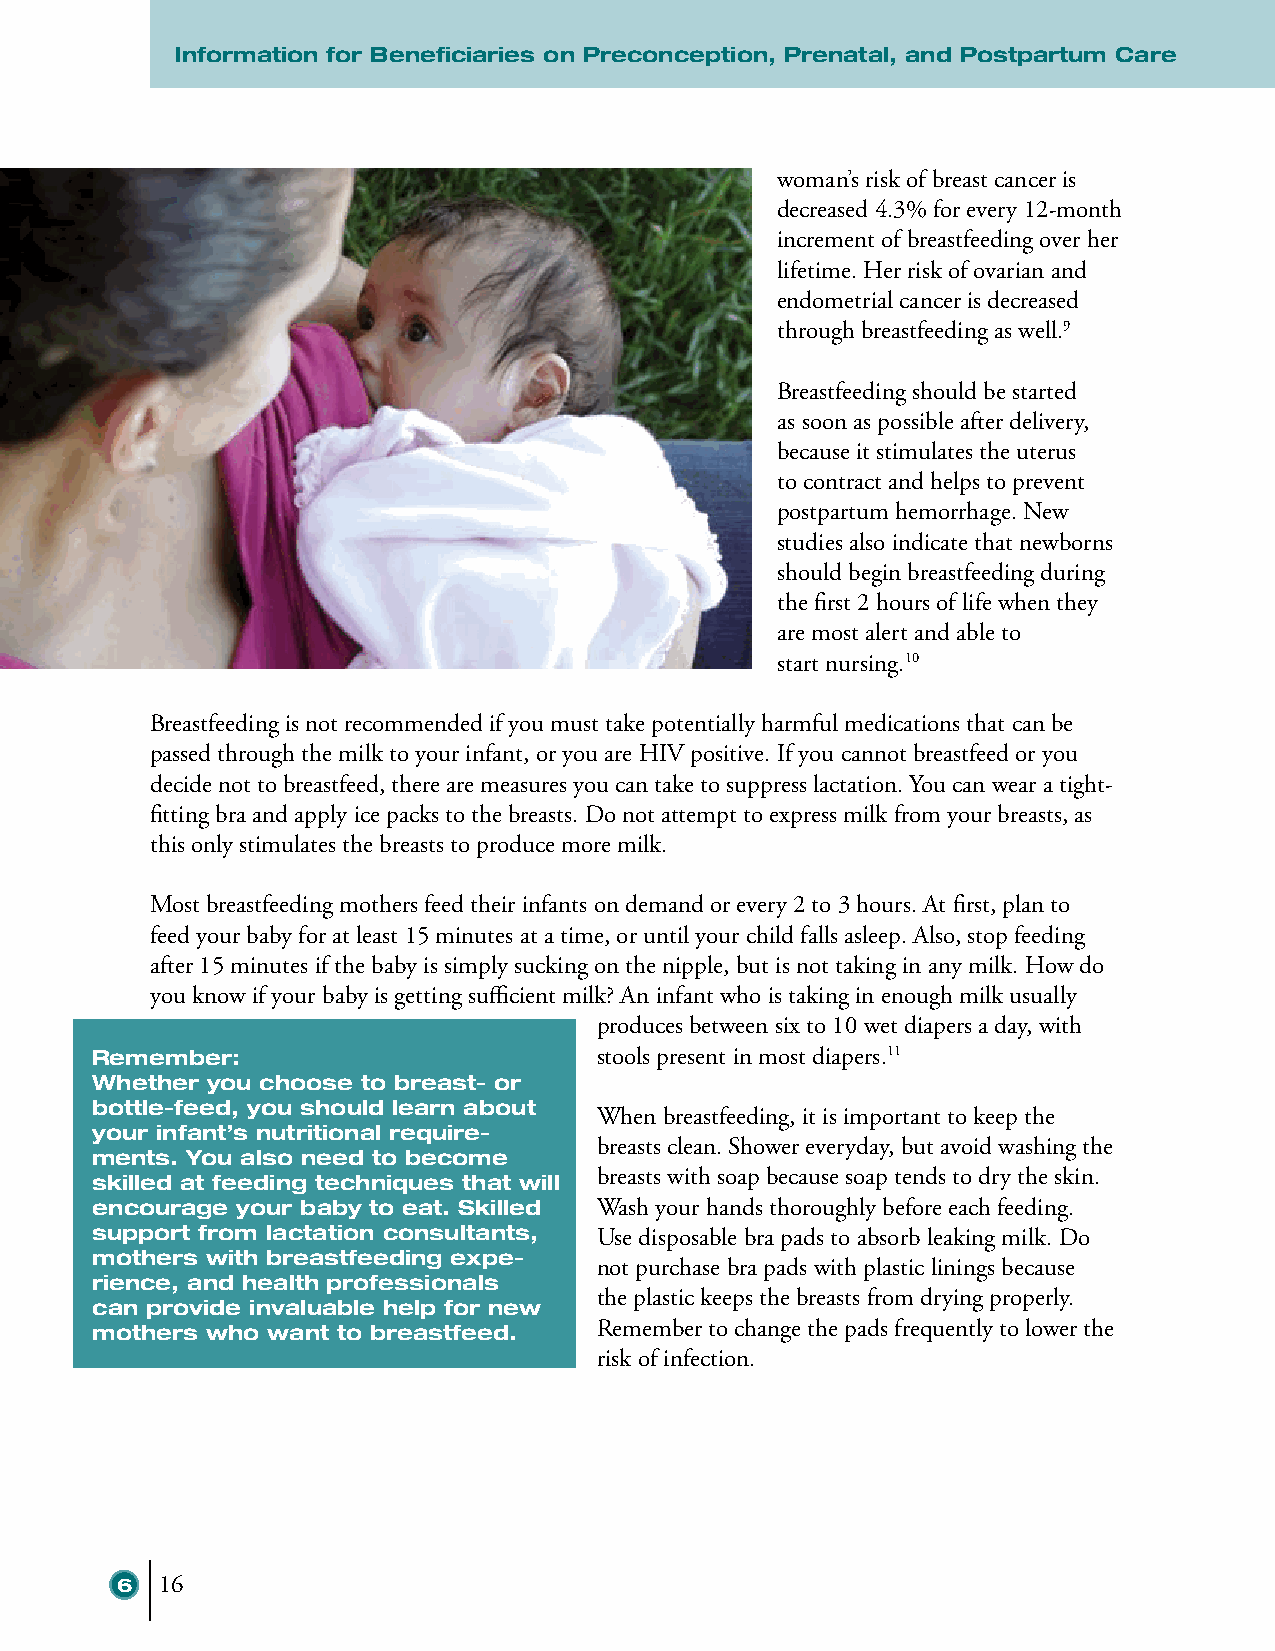
IInnffoorrmmaattiioonn ffoorr BBeenneefificciiaarriieess oonn PPrreeccoonncceeppttiioonn,, PPrreennaattaall,, aanndd PPoossttppaarrttuumm CCaarree
 woman’s risk of breast cancer is
 decreased 4.3% for every 12-month
 increment of breastfeeding over her
 lifetime. Her risk of ovarian and
 endometrial cancer is decreased
 through breastfeeding as well.9
 Breastfeeding should be started
 as soon as possible after delivery,
 because it stimulates the uterus
 to contract and helps to prevent
 postpartum hemorrhage. New
 studies also indicate that newborns
 should begin breastfeeding during
 the first 2 hours of life when they
 are most alert and able to
 start nursing.10
 Breastfeeding is not recommended if you must take potentially harmful medications that can be
 passed through the milk to your infant, or you are HIV positive. If you cannot breastfeed or you
 decide not to breastfeed, there are measures you can take to suppress lactation. You can wear a tight-
 fitting bra and apply ice packs to the breasts. Do not attempt to express milk from your breasts, as
 this only stimulates the breasts to produce more milk.
 Most breastfeeding mothers feed their infants on demand or every 2 to 3 hours. At first, plan to
 feed your baby for at least 15 minutes at a time, or until your child falls asleep. Also, stop feeding
 after 15 minutes if the baby is simply sucking on the nipple, but is not taking in any milk. How do
 you know if your baby is getting sufficient milk? An infant who is taking in enough milk usually
 produces between six to 10 wet diapers a day, with
 Remember:                        stools present in most diapers.11
 Whether you choose to breast- or
 bottle-feed, you should learn about
 When breastfeeding, it is important to keep the
 your infant’s nutritional require-
 breasts clean. Shower everyday, but avoid washing the
 ments. You also need to become
 skilled at feeding techniques that will breasts with soap because soap tends to dry the skin.
 encourage your baby to eat. Skilled Wash your hands thoroughly before each feeding.
 support from lactation consultants, Use disposable bra pads to absorb leaking milk. Do
 mothers with breastfeeding expe-
 not purchase bra pads with plastic linings because
 rience, and health professionals
 the plastic keeps the breasts from drying properly.
 can provide invaluable help for new
 mothers who want to breastfeed.  Remember to change the pads frequently to lower the
 risk of infection.
 6  16